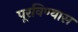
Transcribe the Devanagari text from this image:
पूरविण्यास